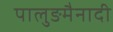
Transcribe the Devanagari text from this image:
पालुङमैनादी